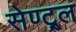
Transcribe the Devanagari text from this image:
सेण्ट्र्ल